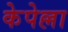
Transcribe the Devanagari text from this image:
केपेल्ला